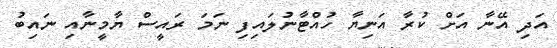
އަދި އޭނާ އަށް ކުރާ އަނިޔާ ހުއްޓާނުލައިފި ނަމަ ރައީސް ޔާމީނާއި ނައިބު